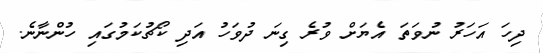
ދިހަ އަހަރު ނުވަތަ އެޔަށް ވުރެ ގިނަ ދުވަހު އަދި ކޯޗުކަމުގައި ހުންނާނެ.